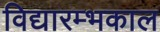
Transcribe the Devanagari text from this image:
विद्यारम्भकाल